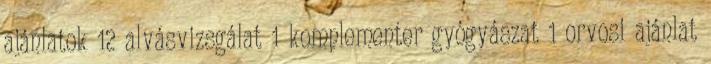
ajánlatok 12 alvásvizsgálat 1 komplementer gyógyászat 1 orvosi ajánlat